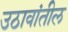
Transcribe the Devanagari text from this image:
उठावांतील